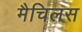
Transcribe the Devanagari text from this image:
मैचिलस